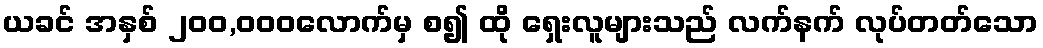
ယခင် အနှစ် ၂၀၀,၀၀၀လောက်မှ စ၍ ထို ရှေးလူများသည် လက်နက် လုပ်တတ်သော